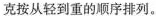
克按从轻到重的顺序排列。